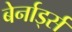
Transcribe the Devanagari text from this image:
बेर्नार्ड्स